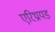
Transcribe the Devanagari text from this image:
एरिथ्रायड